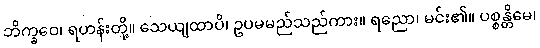
ဘိက္ခဝေ၊ ရဟန်းတို့။ သေယျထာပိ၊ ဥပမမည်သည်ကား။ ရညော၊ မင်း၏။ ပစ္စန္တိမေ၊